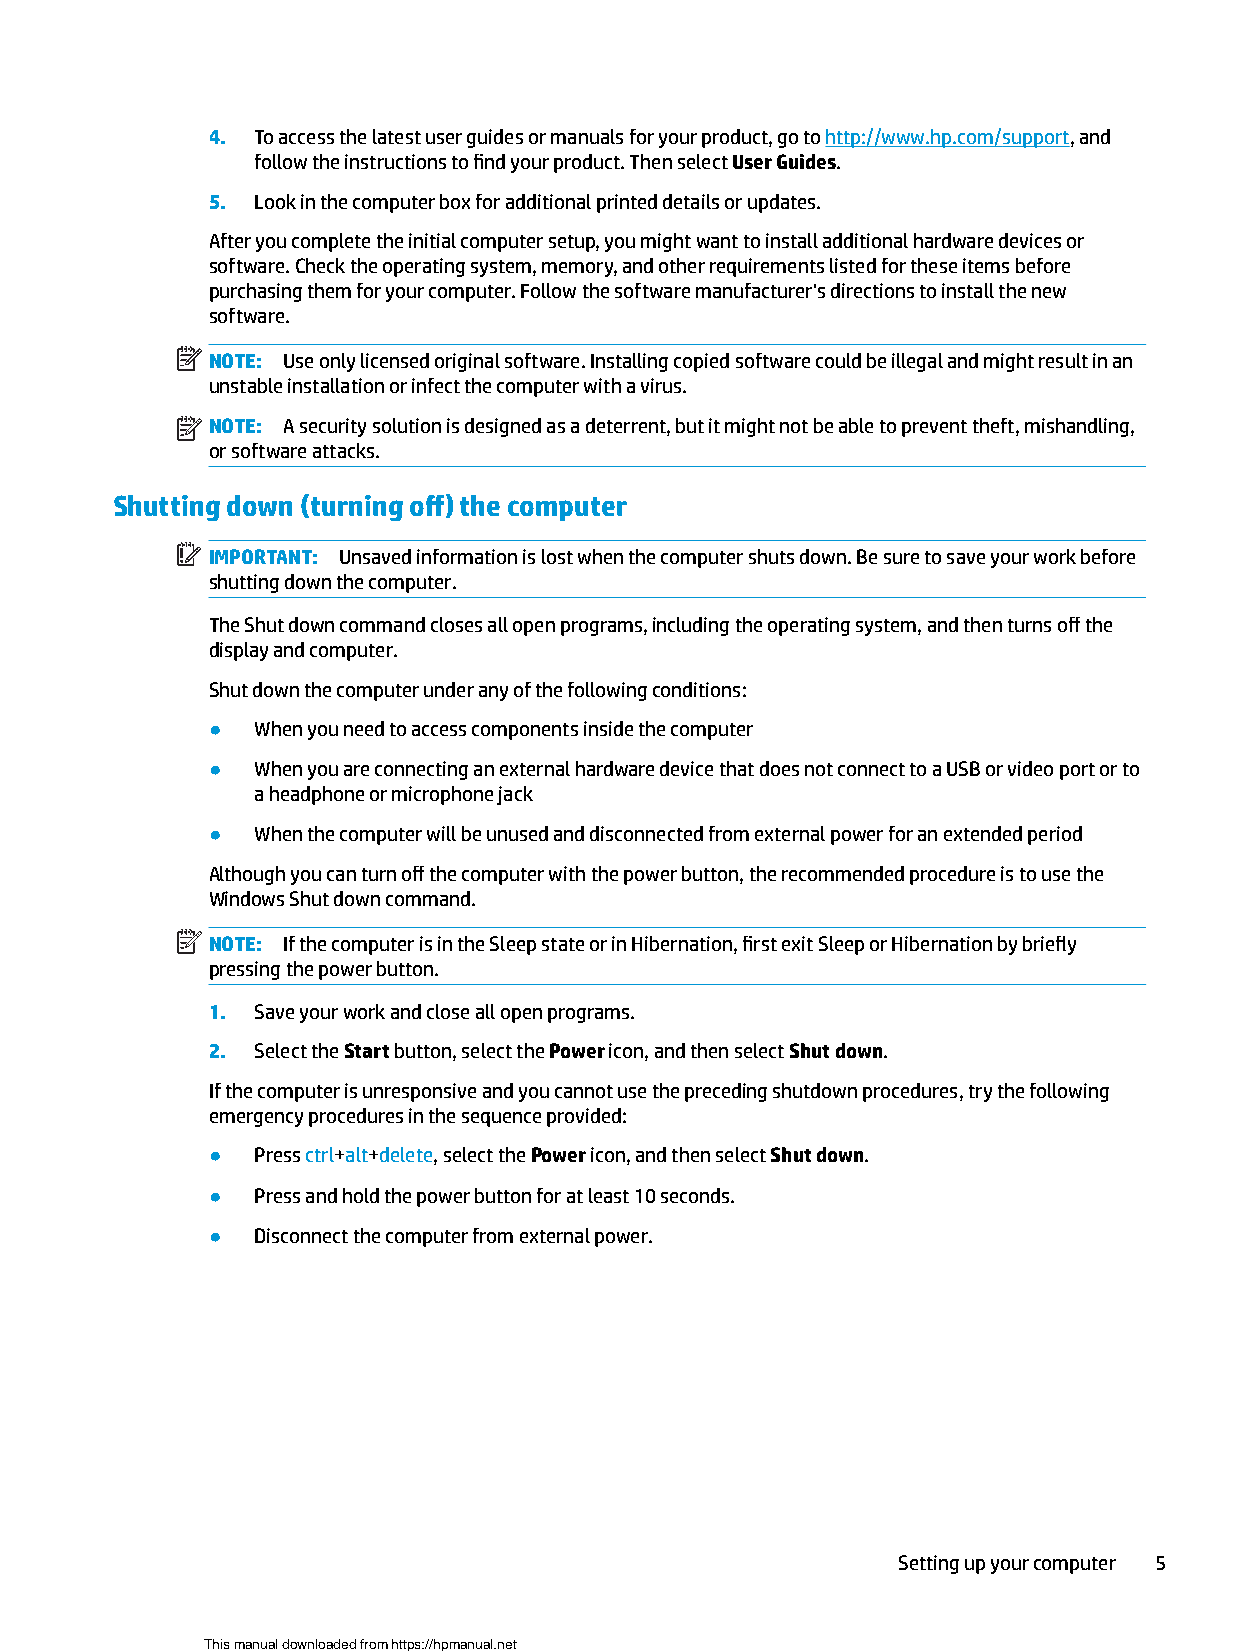
4. To access the latest user guides or manuals for your product, go to http://www.hp.com/support, and
 follow the instructions to find your product. Then select User Guides.
 5. Look in the computer box for additional printed details or updates.
 After you complete the initial computer setup, you might want to install additional hardware devices or
 software. Check the operating system, memory, and other requirements listed for these items before
 purchasing them for your computer. Follow the software manufacturer's directions to install the new
 software.
 NOTE: Use only licensed original software. Installing copied software could be illegal and might result in an
 unstable installation or infect the computer with a virus.
 NOTE: A security solution is designed as a deterrent, but it might not be able to prevent theft, mishandling,
 or software attacks.
 Shutting down (turning off) the computer
 IMPORTANT: Unsaved information is lost when the computer shuts down. Be sure to save your work before
 shutting down the computer.
 The Shut down command closes all open programs, including the operating system, and then turns off the
 display and computer.
 Shut down the computer under any of the following conditions:
 ●  When you need to access components inside the computer
 ●  When you are connecting an external hardware device that does not connect to a USB or video port or to
 a headphone or microphone jack
 ●  When the computer will be unused and disconnected from external power for an extended period
 Although you can turn off the computer with the power button, the recommended procedure is to use the
 Windows Shut down command.
 NOTE: If the computer is in the Sleep state or in Hibernation, first exit Sleep or Hibernation by b riefly
 pressing the power button.
 1. Save your work and close all open programs.
 2. Select the Start button, select the Power icon, and then select Shut down.
 If the computer is unresponsive and you cannot use the preceding shutdown procedures, try the following
 emergency procedures in the sequence provided:
 ●  Press ctrl+alt+delete, select the Power icon, and then select Shut down.
 ●  Press and hold the power button for at least 10 seconds.
 ●  Disconnect the computer from external power.
 Setting up your computer 5
 This manual downloaded from https://hpmanual.net